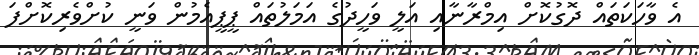
އެ ވާހަކަތައް ދޮގުކޮށް އިމްރާނާއި އަލީ ވަހީދުގެ އަމަލުތައް ޕީޕީއެމުން ވަނީ ކުށްވެރިކޮށްފަ